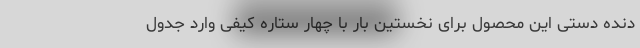
دنده دستی این محصول برای نخستین بار با چهار ستاره کیفی وارد جدول